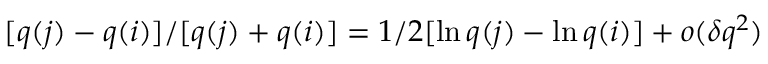
[ q ( j ) - q ( i ) ] / [ q ( j ) + q ( i ) ] = 1 / 2 [ \ln q ( j ) - \ln q ( i ) ] + o ( \delta q ^ { 2 } )